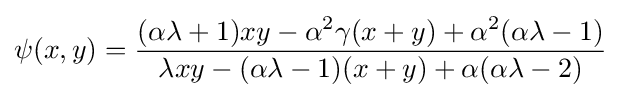
\psi (x,y)={\dfrac {(\alpha \lambda +1)xy-\alpha ^{2}\gamma (x+y)+\alpha ^{2}(\alpha \lambda -1)}{\lambda xy-(\alpha \lambda -1)(x+y)+\alpha (\alpha \lambda -2)}}